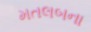
મતલબના